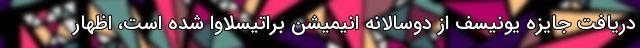
دریافت جایزه یونیسف از دوسالانه انیمیشن براتیسلاوا شده ‌است، اظهار